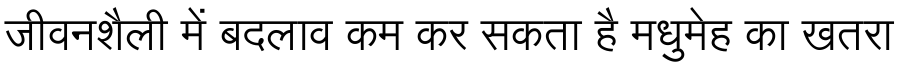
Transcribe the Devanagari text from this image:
जीवनशैली में बदलाव कम कर सकता है मधुमेह का खतरा